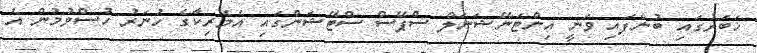
ޚަބަރުގައި ބުނެފައި ވަނީ އިންޓަނޭޝަނަލް ސްޕޭސް ސްޓޭޝަންގައި އެމެރިކާގެ ހުނަރު ހުސްވުމުން އެ